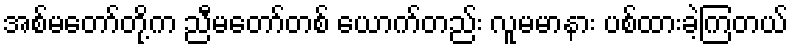
အစ်မတော်တို့က ညီမတော်တစ် ယောက်တည်း လူမမာနား ပစ်ထားခဲ့ကြတယ်